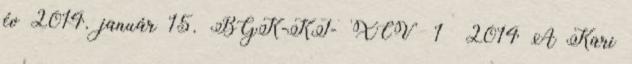
év 2014. január 15. BGK-KT- XCV 1 2014 A Kari